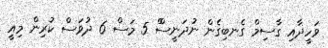
ވަހީދާއި ގާސިމް ގެނބިގެން ނުދަނީސްް 5 މަސް 6 ދުވަސް ކުރިން މިއީ